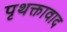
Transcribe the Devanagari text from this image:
पृथक्तावाद